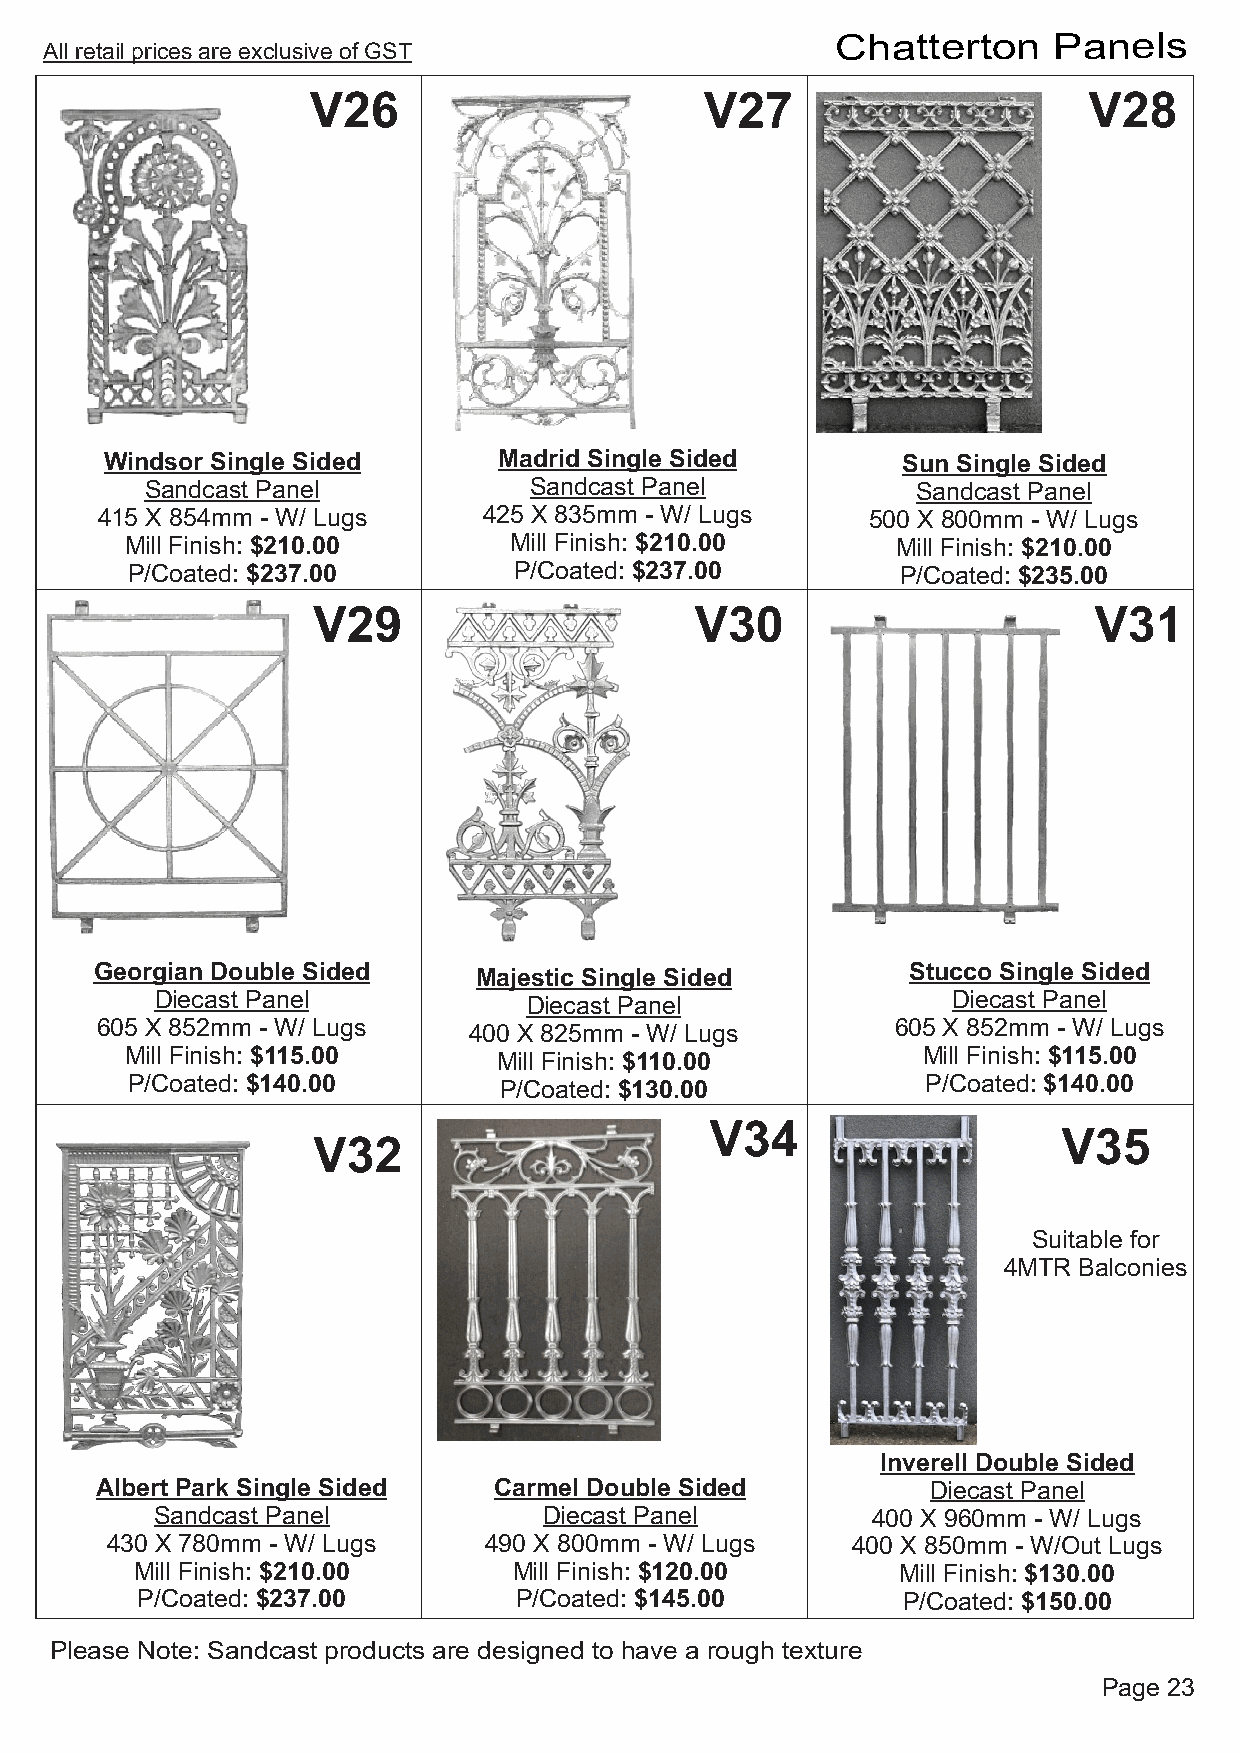
Chatterton     Panels
 All retail prices are exclusive of GST
 V26                       V27                      V28
 Windsor Single Sided      Madrid Single Sided        Sun Single Sided
 Sandcast Panel           Sandcast Panel            Sandcast Panel
 415 X 854mm - W/ Lugs     425 X 835mm - W/ Lugs     500 X 800mm - W/ Lugs
 Mill Finish: $210.00      Mill Finish: $210.00     Mill Finish: $210.00
 P/Coated: $237.00         P/Coated: $237.00         P/Coated: $235.00
 V29                      V30                       V31
 Georgian Double Sided     Majestic Single Sided       Stucco Single Sided
 Diecast Panel            Diecast Panel               Diecast Panel
 605 X 852mm - W/ Lugs                                605 X 852mm - W/ Lugs
 400 X 825mm - W/ Lugs
 Mill Finish: $115.00                                 Mill Finish: $115.00
 Mill Finish: $110.00
 P/Coated: $140.00                                    P/Coated: $140.00
 P/Coated: $130.00
 V34
 V35
 V32
 Suitable for
 4MTR Balconies
 Inverell Double Sided
 Albert Park Single Sided   Carmel Double Sided          Diecast Panel
 Sandcast Panel            Diecast Panel         400 X 960mm - W/ Lugs
 430 X 780mm - W/ Lugs    490 X 800mm - W/ Lugs   400 X 850mm - W/Out Lugs
 Mill Finish: $210.00     Mill Finish: $120.00      Mill Finish: $130.00
 P/Coated: $237.00        P/Coated: $145.00         P /Coated: $150.00
 Please Note: Sandcast products are designed to have a rough texture
 Page 23